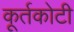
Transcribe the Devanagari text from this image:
कूर्तकोटी